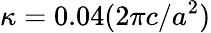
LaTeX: \kappa=0.04(2\pi c/a^{2})